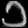
Digit: ၁